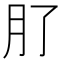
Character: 𭨥